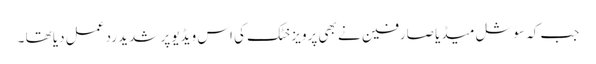
جب کہ سوشل میڈیا صارفین نے بھی پرویز خٹک کی اس ویڈیو پر شدید رد عمل دیا تھا ۔